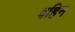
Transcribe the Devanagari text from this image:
वहिन